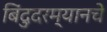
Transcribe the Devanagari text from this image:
बिंदुदरम्यानचे